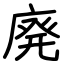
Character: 廃